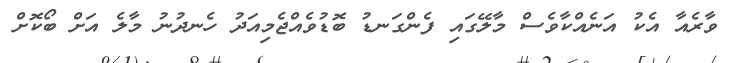
ވާރެއާ އެކު އަނެއްކާވެސް މާލޭގައި ފެންގަނޑު ބޮޑުވެއްޖެމިއަދު ހެނދުނު މާލެ އަށް ބޯކޮށް